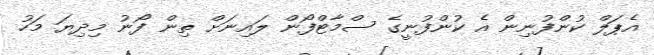
އެޕަލް ކުންފުނިން އެ ކުންފުނީގެ ސްމާޓްފޯން ލައިނަށް ތިން ފޯނު މިދިޔަ މަހު